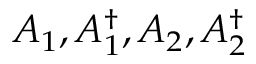
A _ { 1 } , A _ { 1 } ^ { \dagger } , A _ { 2 } , A _ { 2 } ^ { \dagger }